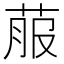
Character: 菔